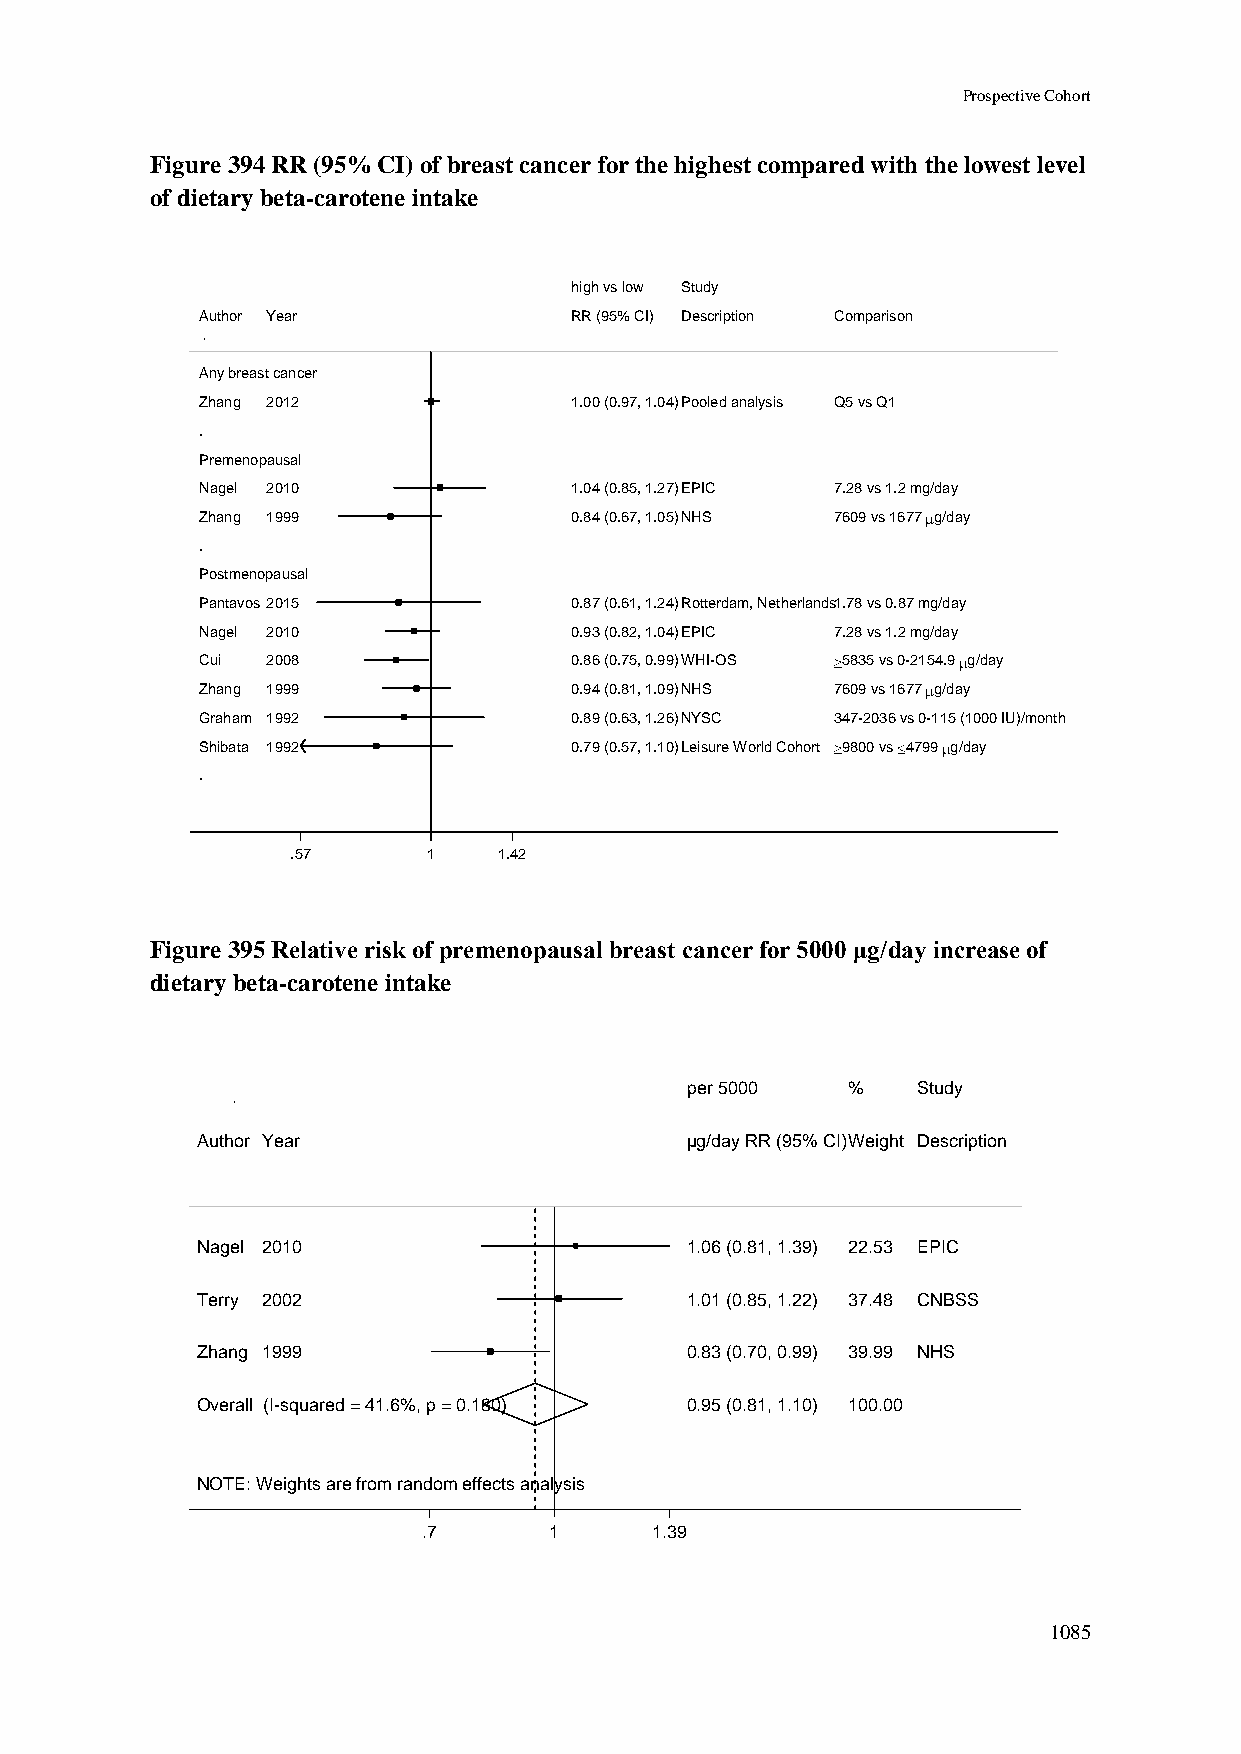
Prospective Cohort
 Figure 394 RR (95% CI) of breast cancer for the highest compared with the lowest level
 of dietary beta-carotene intake
 hhiigghh vvss llooww SSttuuddyy
 Author Year              RRRR ((9955%% CCII)) DDeessccrriippttiioonn Comparison
 Any breast cancer
 Zhang 2012               11..0000 ((00..9977,, 11..0044))PPoooolleedd aannaallyyssiiss Q5 vs Q1
 .
 Premenopausal
 Nagel 2010               11..0044 ((00..8855,, 11..2277))EEPPIICC 7.28 vs 1.2 mg/day
 Zhang 1999               00..8844 ((00..6677,, 11..0055))NNHHSS 7609 vs 1677 g/day
 .
 Postmenopausal
 Pantavos 2015            00..8877 ((00..6611,, 11..2244))RRootttteerrddaamm,, NNeetthheerrllaannddss1.78 vs 0.87 mg/day
 Nagel 2010               00..9933 ((00..8822,, 11..0044))EEPPIICC 7.28 vs 1.2 mg/day
 Cui  2008                00..8866 ((00..7755,, 00..9999))WWHHII--OOSS 5835 vs 0-2154.9 g/day
 Zhang 1999               00..9944 ((00..8811,, 11..0099))NNHHSS 7609 vs 1677 g/day
 Graham 1992              00..8899 ((00..6633,, 11..2266))NNYYSSCC 347-2036 vs 0-115 (1000 IU)/month
 Shibata 1992             00..7799 ((00..5577,, 11..1100))LLeeiissuurree WWoorrlldd CCoohhoorrtt 9800 vs 4799 g/day
 .
 .57      11   1.42
 Figure 395 Relative risk of premenopausal breast cancer for 5000 μg/day increase of
 dietary beta-carotene intake
 ppeerr 55000000 %% Study
 Author Year                     µµgg//ddaayy RRRR ((9955%% CCII))WWeeiigghhtt Description
 Nagel 2010                      11..0066 ((00..8811,, 11..3399)) 2222..5533 EPIC
 Terry 2002                      11..0011 ((00..8855,, 11..2222)) 3377..4488 CNBSS
 Zhang 1999                      00..8833 ((00..7700,, 00..9999)) 3399..9999 NHS
 Overall (I-squared = 41.6%, p = 0.180) 00..9955 ((00..8811,, 11..1100)) 110000..0000
 NOTE: Weights are from random effects analysis
 .7      11     1.39
 1085